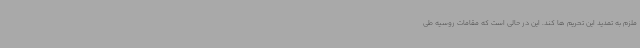
ملزم به تمدید این تحریم ها کند. این در حالی است که مقامات روسیه طی